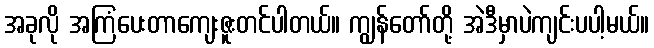
အခုလို အကြံပေးတာကျေးဇူးတင်ပါတယ်။ ကျွန်တော်တို့ အဲဒီမှာပဲကျင်းပပါ့မယ်။